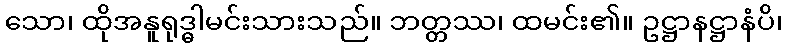
သော၊ ထိုအနူရုဒ္ဓါမင်းသားသည်။ ဘတ္တဿ၊ ထမင်း၏။ ဥဋ္ဌာနဋ္ဌာနံပိ၊